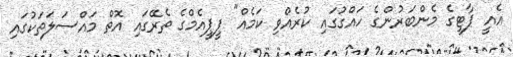
އެއީ ޕާޓީގެ މެންބަރުންގެ ހައްގުގައި ކުރެއްވި ކަމެއް" ޕީޕީއެމްގެ ތެރޭގައި އޮތް މައްސަލަތަކުގައި